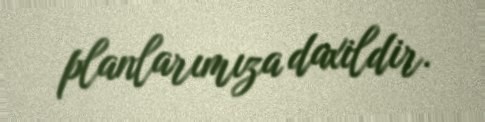
planlarımıza daxildir.